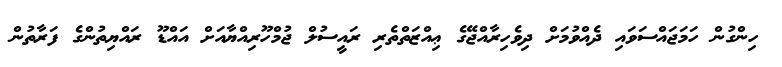
ހިންގުން ހަމަޖައްސަވައި ދެއްވުމަށް ދިވެހިރާއްޖޭގެ ޢިއްޒަތްތެރި ރައީސުލް ޖުމްހޫރިއްޔާއަށް އައްޑޫ ރައްޔިތުންގެ ފަރާތުން